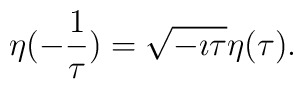
\eta(- \frac 1 \tau) = \sqrt {- \imath \tau} \eta (\tau).